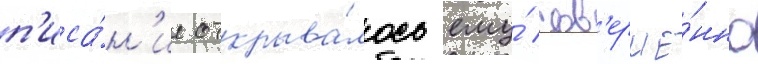
п'иса́н'ие открыва́лось ему́ сов'ерше́нно